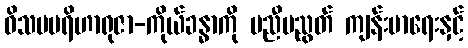
ဝိသမပရိဟာရုဇာ-ကိုယ်ခန္ဓာကို မညီမညွတ် ကျန်းမာရေးနှင့်